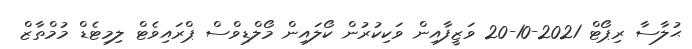
ޙުލާސާ ރިޕޯޓް 2021-10-20 ވަޒީފާއިން ވަކިކުރުން ކޯލައިން މޯލްޑިވްސް ޕްރައިވެޓް ލިމިޓެޑް މުމްތާޒް